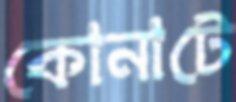
কোনাটে